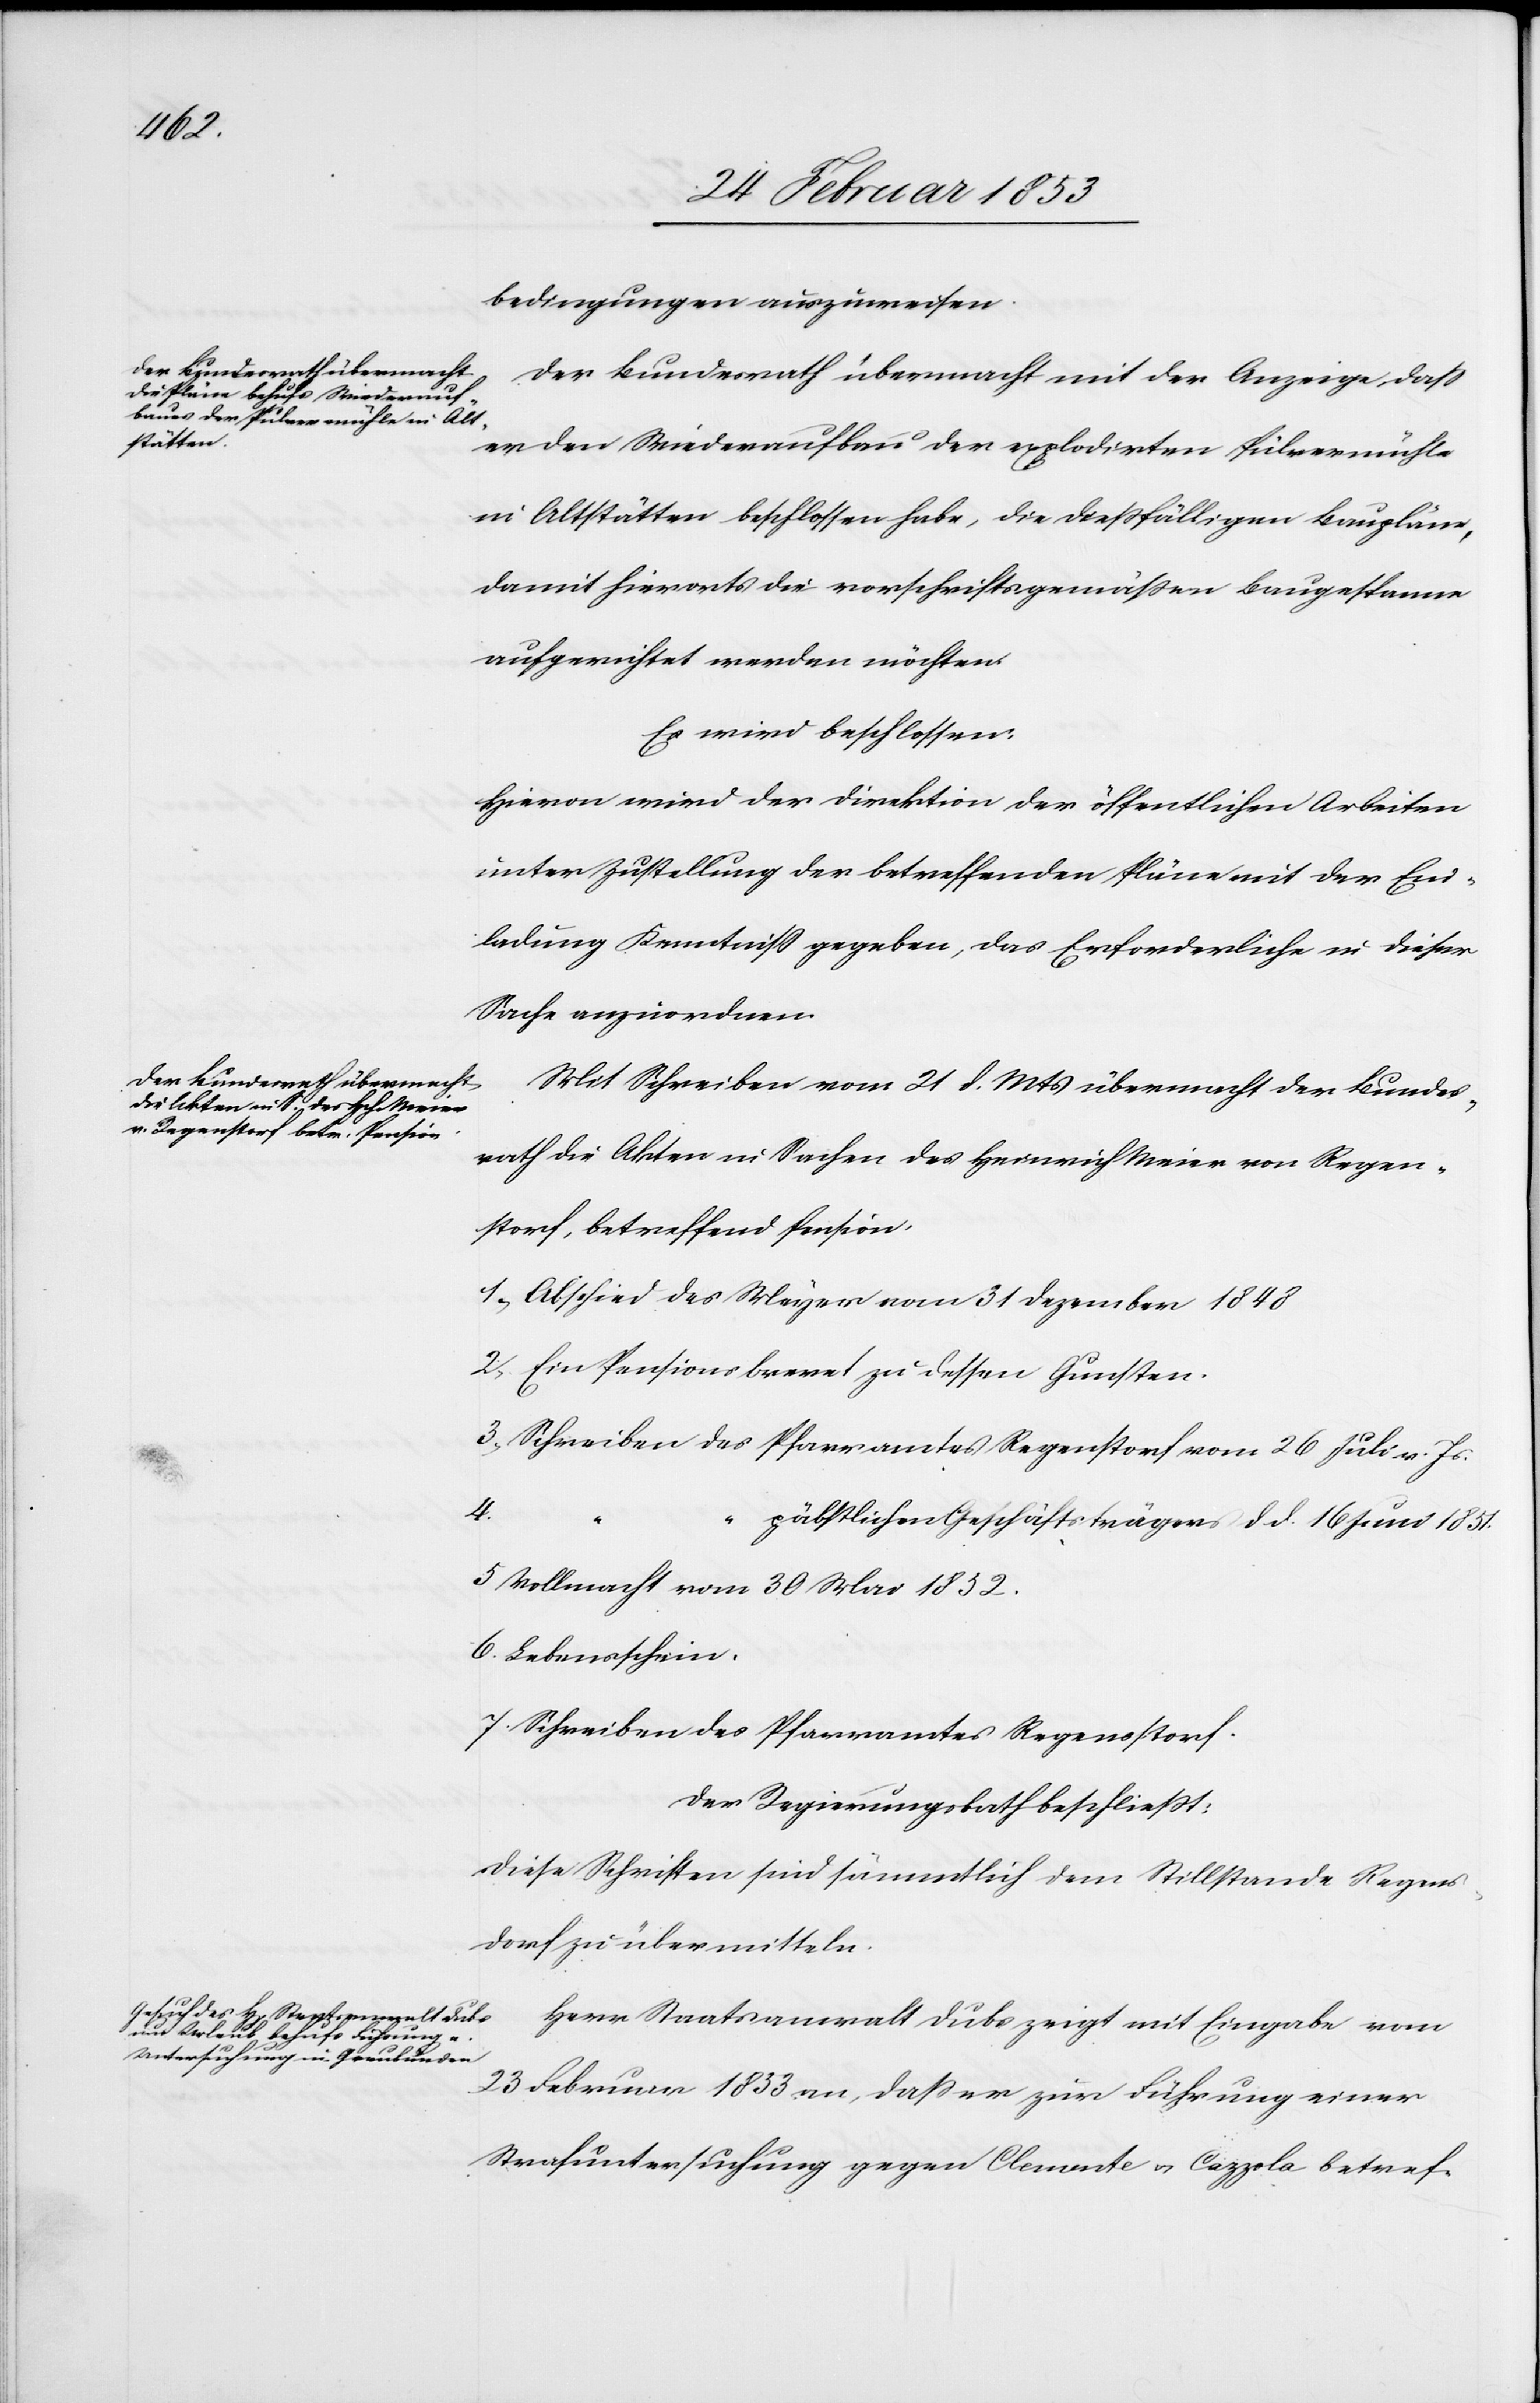
bedingungen auszuweisen.
Der Bundesrath übermacht mit der Anzeige, daß
er den Wiederaufbau der explodirten Pulvermühle
in Altstätten beschlossen habe, die dießfälligen Baupläne,
damit hierorts die vorschriftsgemäßen Baugespanne
aufgerichtet werden möchten.
Es wird beschlossen:
Hievon wird der Direktion, der öffentlichen Arbeiten
unter Zustellung der betreffenden Pläne mit der Ein¬
ladung Kenntniß gegeben, das Erforderliche in dieser
Sache anzuordnen.
Mit Schreiben vom 21 d. Mts. übermacht der Bundes¬
rath die Akten in Sachen des Heinrich Meier von Regen¬
storf betreffend Pension.
1, Aufsicht des Meyer vom 31 Dezember 1848
2, Ein Pensionsbrevet zu dessen Gunsten.
3, Schreiben des Pfarramtes Regenstorf vom 26 Juli v. Js.
4,
päbstlichen Geschäftsträgers d. d. 16 Juni 1851.
5 Vollmacht vom 30 Mai 1852.
6. Lebensschein.
7. Schreiben des Pfarramtes Regenstorf.
Der Regierungsrath beschließt:
Diese Schriften sind sämmtlich dem Stillstande Regens¬
dorf zu übermitteln.
Herr Staatsanwalt Dubs zeigt mit Eingabe vom
23 Februar 1853 an, daß er zur Führung einer
Strafuntersuchung gegen Clemente v. Cazzola betref-